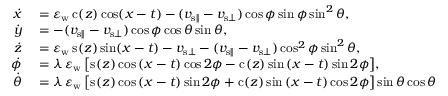
\begin{array} { r l } { \dot { x } } & { { } = \varepsilon _ { \mathrm { w } } \, \mathrm { c } _ { } ( z ) \cos \mathopen { } \mathclose \bgroup \mathopen { } \mathclose \bgroup \mathopen { } \mathclose \bgroup \mathopen { } \mathclose \bgroup \mathopen { } \mathclose \bgroup \mathopen { } \mathclose \bgroup \mathopen { } \mathclose \bgroup \mathopen { } \mathclose \bgroup \mathopen { } \mathclose \bgroup \mathopen { } \mathclose \bgroup \left( x - t \aftergroup \egroup \aftergroup \egroup \aftergroup \egroup \aftergroup \egroup \aftergroup \egroup \aftergroup \egroup \aftergroup \egroup \aftergroup \egroup \aftergroup \egroup \aftergroup \egroup \right) - ( v _ { { \mathrm { s } } \parallel } - v _ { { \mathrm { s } } \bot } ) \cos \phi \sin \phi \sin ^ { 2 } \theta , } \\ { \dot { y } } & { { } = - ( v _ { { \mathrm { s } } \parallel } - v _ { { \mathrm { s } } \bot } ) \cos \phi \cos \theta \sin \theta , } \\ { \dot { z } } & { { } = \varepsilon _ { \mathrm { w } } \, \mathrm { s } _ { } ( z ) \sin \mathopen { } \mathclose \bgroup \mathopen { } \mathclose \bgroup \mathopen { } \mathclose \bgroup \mathopen { } \mathclose \bgroup \mathopen { } \mathclose \bgroup \mathopen { } \mathclose \bgroup \mathopen { } \mathclose \bgroup \mathopen { } \mathclose \bgroup \mathopen { } \mathclose \bgroup \mathopen { } \mathclose \bgroup \left( x - t \aftergroup \egroup \aftergroup \egroup \aftergroup \egroup \aftergroup \egroup \aftergroup \egroup \aftergroup \egroup \aftergroup \egroup \aftergroup \egroup \aftergroup \egroup \aftergroup \egroup \right) - v _ { { \mathrm { s } } \bot } - ( v _ { { \mathrm { s } } \parallel } - v _ { { \mathrm { s } } \bot } ) \cos ^ { 2 } \phi \sin ^ { 2 } \theta , } \\ { \dot { \phi } } & { { } = \lambda \, \varepsilon _ { \mathrm { w } } \, \mathopen { } \mathclose \bgroup \mathopen { } \mathclose \bgroup \mathopen { } \mathclose \bgroup \mathopen { } \mathclose \bgroup \mathopen { } \mathclose \bgroup \mathopen { } \mathclose \bgroup \mathopen { } \mathclose \bgroup \mathopen { } \mathclose \bgroup \mathopen { } \mathclose \bgroup \mathopen { } \mathclose \bgroup \left[ \mathrm { s } _ { } ( z ) \cos { ( x - t ) } \cos { 2 \phi } - \mathrm { c } _ { } ( z ) \sin { ( x - t ) } \sin { 2 \phi } \aftergroup \egroup \aftergroup \egroup \aftergroup \egroup \aftergroup \egroup \aftergroup \egroup \aftergroup \egroup \aftergroup \egroup \aftergroup \egroup \aftergroup \egroup \aftergroup \egroup \right] , } \\ { \dot { \theta } } & { { } = \lambda \, \varepsilon _ { \mathrm { w } } \, \mathopen { } \mathclose \bgroup \mathopen { } \mathclose \bgroup \mathopen { } \mathclose \bgroup \mathopen { } \mathclose \bgroup \mathopen { } \mathclose \bgroup \mathopen { } \mathclose \bgroup \mathopen { } \mathclose \bgroup \mathopen { } \mathclose \bgroup \mathopen { } \mathclose \bgroup \mathopen { } \mathclose \bgroup \left[ \mathrm { s } _ { } ( z ) \cos { ( x - t ) } \sin { 2 \phi } + \mathrm { c } _ { } ( z ) \sin { ( x - t ) } \cos { 2 \phi } \aftergroup \egroup \aftergroup \egroup \aftergroup \egroup \aftergroup \egroup \aftergroup \egroup \aftergroup \egroup \aftergroup \egroup \aftergroup \egroup \aftergroup \egroup \aftergroup \egroup \right] \sin \theta \cos \theta } \end{array}